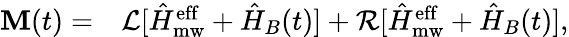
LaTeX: \begin{array}{rl}{\mathbf{M}(t)=}&{{}\mathcal{L}[\hat{H}_{\mathrm{mw}}^{\mathrm{eff}}+\hat{H}_{B}(t)]+\mathcal{R}[\hat{H}_{\mathrm{mw}}^{\mathrm{eff}}+\hat{H}_{B}(t)],}\end{array}